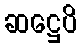
ဆဋ္ဌေပိ